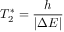
T _ { 2 } ^ { * } = \frac { h } { | \Delta E | }